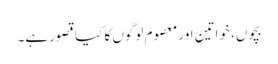
بچوں، خواتین اور معصوم لوگوں کا کیا قصور ہے۔